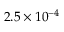
2 . 5 \times 1 0 ^ { - 4 }